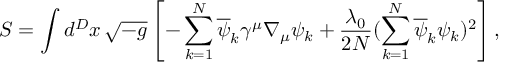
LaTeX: S = \int d ^ { D } x \, \sqrt { - g } \left[ - \sum _ { k = 1 } ^ { N } \overline { { { \psi } } } _ { k } \gamma ^ { \mu } \nabla _ { \mu } \psi _ { k } + \frac { \lambda _ { 0 } } { 2 N } ( \sum _ { k = 1 } ^ { N } \overline { { { \psi } } } _ { k } \psi _ { k } ) ^ { 2 } \right] ,